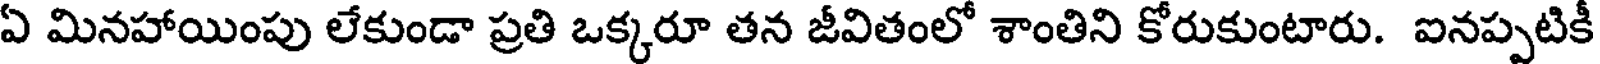
ఏ మినహాయింపు లేకుండా ప్రతి ఒక్కరూ తన జీవితంలో శాంతిని కోరుకుంటారు. ఐనప్పటికీ